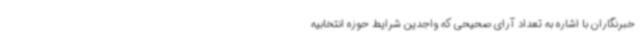
خبرنگاران با اشاره به تعداد آرای صحیحی که واجدین شرایط حوزه انتخابیه